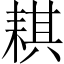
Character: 𦓿